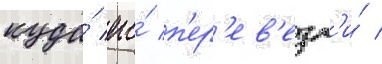
куда́ его́ п'ер'ев'езл'и́ /